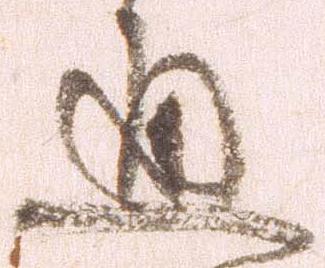
通